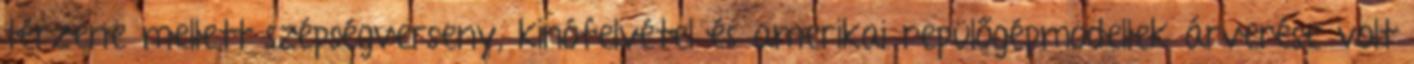
térzene mellett szépségverseny, kinófelvétel és amerikai repülőgépmodellek árverése volt